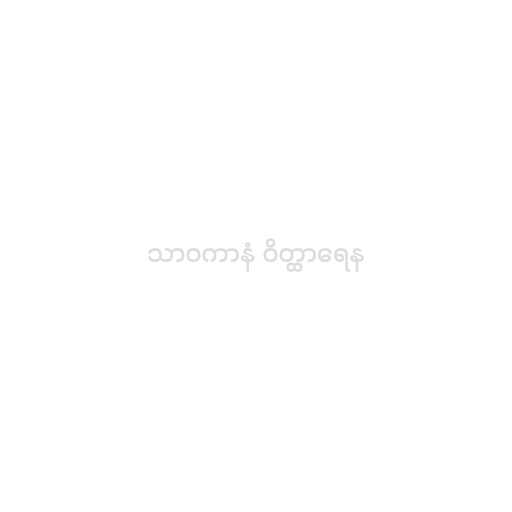
သာဝကာနံ ဝိတ္ထာရေန